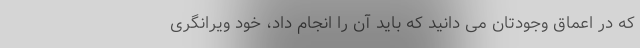
که در اعماق وجودتان می دانید که باید آن را انجام داد، خود ویرانگری